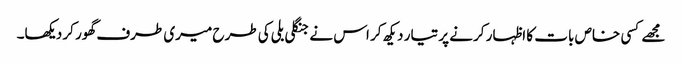
مجھے کسی خاص بات کا اظہار کرنے پر تیار دیکھ کر اس نے جنگلی بلی کی طرح میری طرف گھور کر دیکھا۔